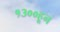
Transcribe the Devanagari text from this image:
१३००हून